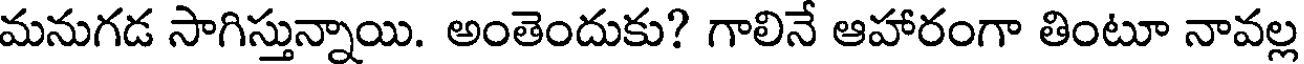
మనుగడ సాగిస్తున్నాయి. అంతెందుకు? గాలినే ఆహారంగా తింటూ నావల్ల